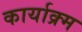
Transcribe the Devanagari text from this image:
कार्याक्र्म